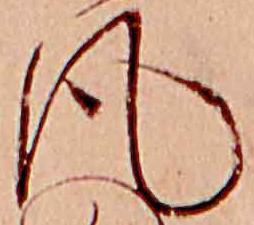
風